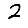
Digit: 2